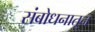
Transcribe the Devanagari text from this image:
संबोधनातून